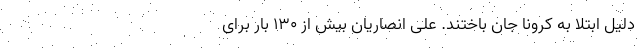
دلیل ابتلا به کرونا جان باختند. علی انصاریان بیش از ۱۳۰ بار برای